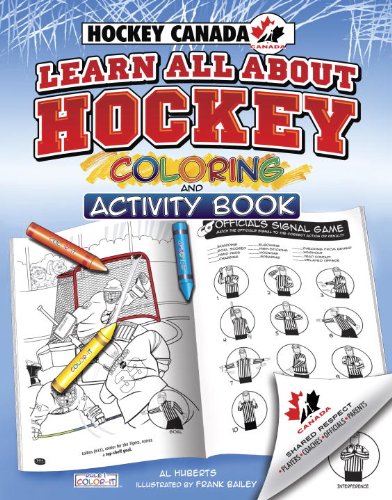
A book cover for Hockey Canada's Learn All About Hockey: Color and Activity (Rule 1, Sports Color and Activity Books); Al Huberts; Children's Books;